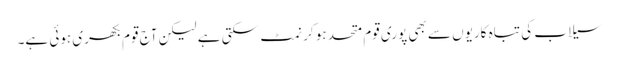
سیلاب کی تباہ کاریوں سے بھی پوری قوم متحد ہو کر نمٹ سکتی ہے لیکن آج قوم بکھری ہوئی ہے۔